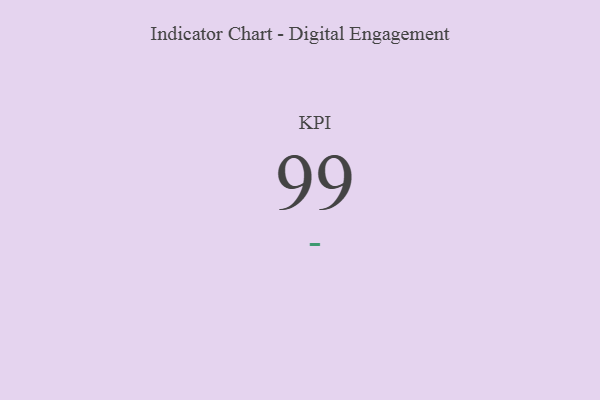
{"axis": {"x": "KPI", "y": "Value"}, "legend": [""], "data": [{"x": "KPI", "y": 99, "type": ""}]}